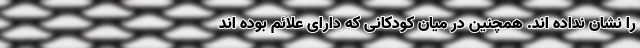
را نشان نداده اند. همچنین در میان کودکانی که دارای علائم بوده اند